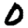
Digit: 0